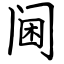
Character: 阃